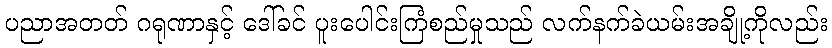
ပညာအတတ် ဂရုဏာနှင့် ဒေါ်ခင် ပူးပေါင်းကြံစည်မှုသည် လက်နက်ခဲယမ်းအချို့ကိုလည်း